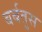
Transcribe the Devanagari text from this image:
बर्बतुस